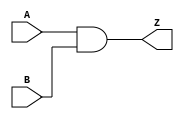
`timescale 1ns / 1ps
//////////////////////////////////////////////////////////////////////////////////
// Company: 
// Engineer: 
// 
// Design Name: 
// Module Name:    AND 
// Project Name: 
// Target Devices: 
// Tool versions: 
// Description: 
//
// Dependencies: 
//
// Revision: 
// Revision 0.01 - File Created
// Additional Comments: 
//
//////////////////////////////////////////////////////////////////////////////////
module AND(
    input [7:0] A,
    input [7:0] B,
    output [7:0] Z
    );
	assign Z=A&B;

endmodule